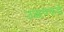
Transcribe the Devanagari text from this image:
उद्धवकडे